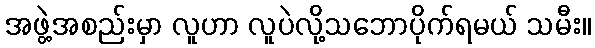
အဖွဲ့အစည်းမှာ လူဟာ လူပဲလို့သဘောပိုက်ရမယ် သမီး။